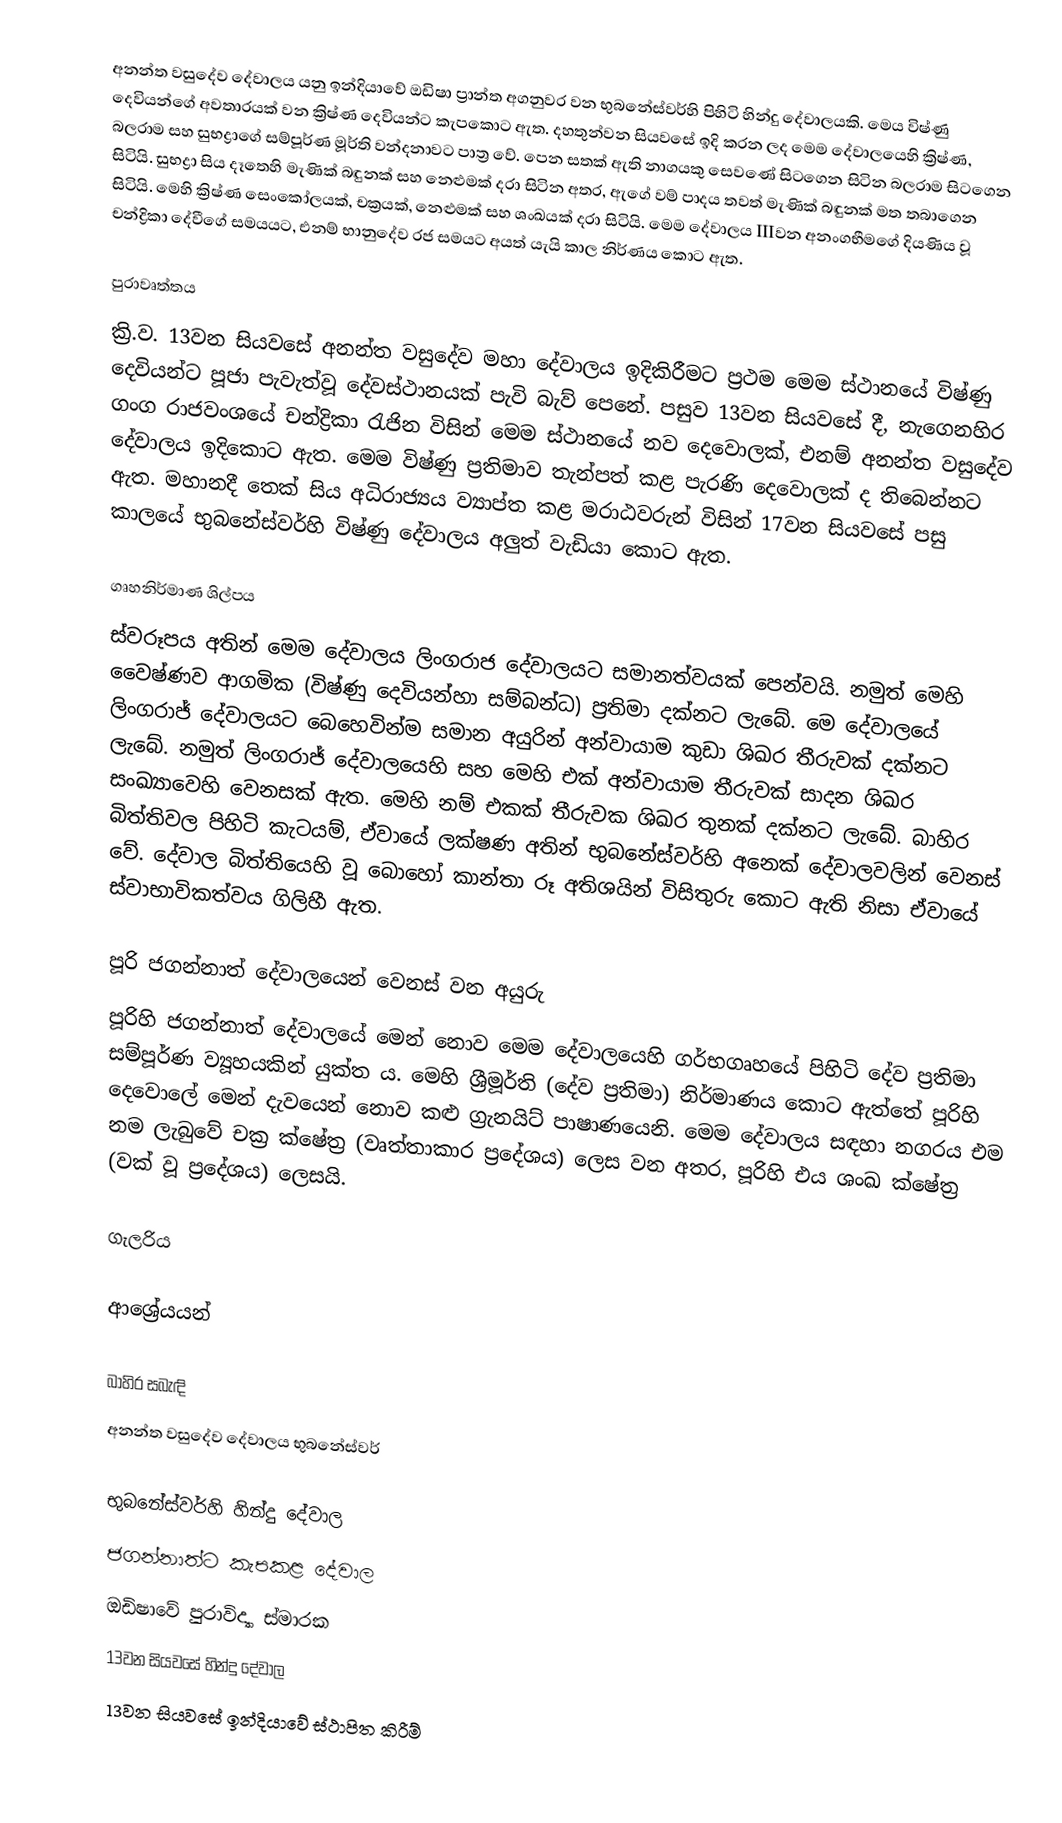
අනන්ත වසුදේව දේවාලය යනු ඉන්දියාවේ ඔඩිෂා ප්‍රාන්ත අගනුවර වන භුබනේස්වර්හි පිහිටි හින්දු දේවාලයකි. මෙය විෂ්ණු දෙවියන්ගේ අවතාරයක් වන ක්‍රිෂ්ණ දෙවියන්ට කැපකොට ඇත. දහතුන්වන සියවසේ ඉදි කරන ලද මෙම දේවාලයෙහි ක්‍රිෂ්ණ, බලරාම සහ සුභද්‍රාගේ සම්පූර්ණ මූර්ති වන්දනාවට පාත්‍ර වේ. පෙන සතක් ඇති නාගයකු සෙවණේ සිටගෙන සිටින බලරාම සිටගෙන සිටියි. සුභද්‍රා සිය දෑතෙහි මැණික් බඳුනක් සහ නෙළුමක් දරා සිටින අතර, ඇගේ වම් පාදය තවත් මැණික් බඳුනක් මත තබාගෙන සිටියි. මෙහි ක්‍රිෂ්ණ සෙංකෝලයක්, චක්‍රයක්, නෙළුමක් සහ ශංඛයක් දරා සිටියි. මෙම දේවාලය IIIවන අනංගභීමගේ දියණිය වූ චන්ද්‍රිකා දේවීගේ සමයයට, එනම් භානුදේව රජ සමයට අයත් යැයි කාල නිර්ණය කොට ඇත.

පුරාවෘත්තය
ක්‍රි.ව. 13වන සියවසේ අනන්ත වසුදේව මහා දේවාලය ඉදිකිරීමට ප්‍රථම මෙම ස්ථානයේ විෂ්ණු දෙවියන්ට පූජා පැවැත්වූ දේවස්ථානයක් පැවි බැව් පෙනේ. පසුව 13වන සියවසේ දී, නැගෙනහිර ගංග රාජවංශයේ චන්ද්‍රිකා රැජින විසින් මෙම ස්ථානයේ නව දෙවොලක්, එනම් අනන්ත වසුදේව දේවාලය ඉදිකොට ඇත. මෙම විෂ්ණු ප්‍රතිමාව තැන්පත් කළ පැරණි දෙවොලක් ද තිබෙන්නට ඇත. මහානදී තෙක් සිය අධිරාජ්‍යය ව්‍යාප්ත කළ මරාඨවරුන් විසින් 17වන සියවසේ පසු කාලයේ භුබනේස්වර්හි විෂ්ණු දේවාලය අලුත් වැඩියා කොට ඇත.

ගෘහනිර්මාණ ශිල්පය
ස්වරූපය අතින් මෙම දේවාලය ලිංගරාජ දේවාලයට සමානත්වයක් පෙන්වයි. නමුත් මෙහි වෛෂ්ණව ආගමික (විෂ්ණු දෙවියන්හා සම්බන්ධ) ප්‍රතිමා දක්නට ලැබේ. මෙ දේවාලයේ ලිංගරාජ් දේවාලයට බෙහෙවින්ම සමාන අයුරින් අන්වායාම කුඩා ශිඛර තීරුවක් දක්නට ලැබේ. නමුත් ලිංගරාජ් දේවාලයෙහි සහ මෙහි එක් අන්වායාම තීරුවක් සාදන ශිඛර සංඛ්‍යාවෙහි වෙනසක් ඇත. මෙහි නම් එකක් තීරුවක ශිඛර තුනක් දක්නට ලැබේ. බාහිර බිත්තිවල පිහිටි කැටයම්, ඒවායේ ලක්ෂණ අතින් භුබනේස්වර්හි අනෙක් දේවාලවලින් වෙනස් වේ. දේවාල බිත්තියෙහි වූ බොහෝ කාන්තා රූ අතිශයින් විසිතුරු කොට ඇති නිසා ඒවායේ ස්වාභාවිකත්වය ගිලිහී ඇත.

පූරි ජගන්නාත් දේවාලයෙන් වෙනස් වන අයුරු
පූරිහි ජගන්නාත් දේවාලයේ මෙන් නොව මෙම දේවාලයෙහි ගර්භගෘහයේ පිහිටි දේව ප්‍රතිමා සම්පූර්ණ ව්‍යූහයකින් යුක්ත ය. මෙහි ශ්‍රීමූර්ති (දේව ප්‍රතිමා) නිර්මාණය කොට ඇත්තේ පූරිහි දෙවොලේ මෙන් දැවයෙන් නොව කළු ග්‍රැනයිට් පාෂාණයෙනි. මෙම දේවාලය සඳහා නගරය එම නම ලැබුවේ චක්‍ර ක්ෂේත්‍ර (වෘත්තාකාර ප්‍රදේශය) ලෙස වන අතර, පූරිහි එය ශංඛ ක්ෂේත්‍ර (වක් වූ ප්‍රදේශය) ලෙසයි.

ගැලරිය

ආශ්‍රේයයන්

බාහිර සබැඳි
 අනන්ත වසුදේව දේවාලය භුබනේස්වර්

භුබනේස්වර්හි හින්දු දේවාල
ජගන්නාත්ට කැපකළ දේවාල
ඔඩිෂාවේ පුරාවිද්‍යා ස්මාරක
13වන සියවසේ හින්දු දේවාල
13වන සියවසේ ඉන්දියාවේ ස්ථාපිත කිරීම්